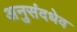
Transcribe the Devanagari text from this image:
अनुसंदधेव